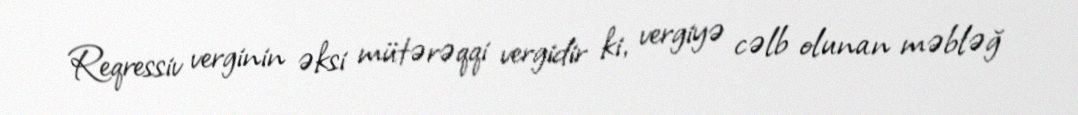
Reqressiv verginin əksi mütərəqqi vergidir ki, vergiyə cəlb olunan məbləğ